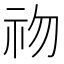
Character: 𥘨